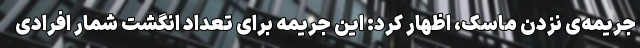
جریمه‌ی نزدن ماسک، اظهار کرد: این جریمه برای تعداد انگشت شمار افرادی